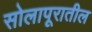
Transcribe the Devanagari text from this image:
सोलापूरातील